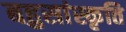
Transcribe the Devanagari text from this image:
बहुसांस्कृति